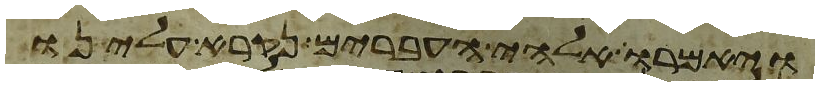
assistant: ויאמרו אלהי העברים נקרא עלינו